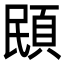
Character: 䪸